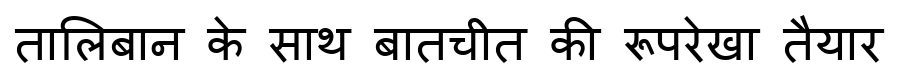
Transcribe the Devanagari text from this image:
तालिबान के साथ बातचीत की रूपरेखा तैयार